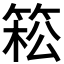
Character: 𥯆